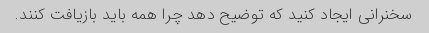
سخنرانی ایجاد کنید که توضیح دهد چرا همه باید بازیافت کنند.